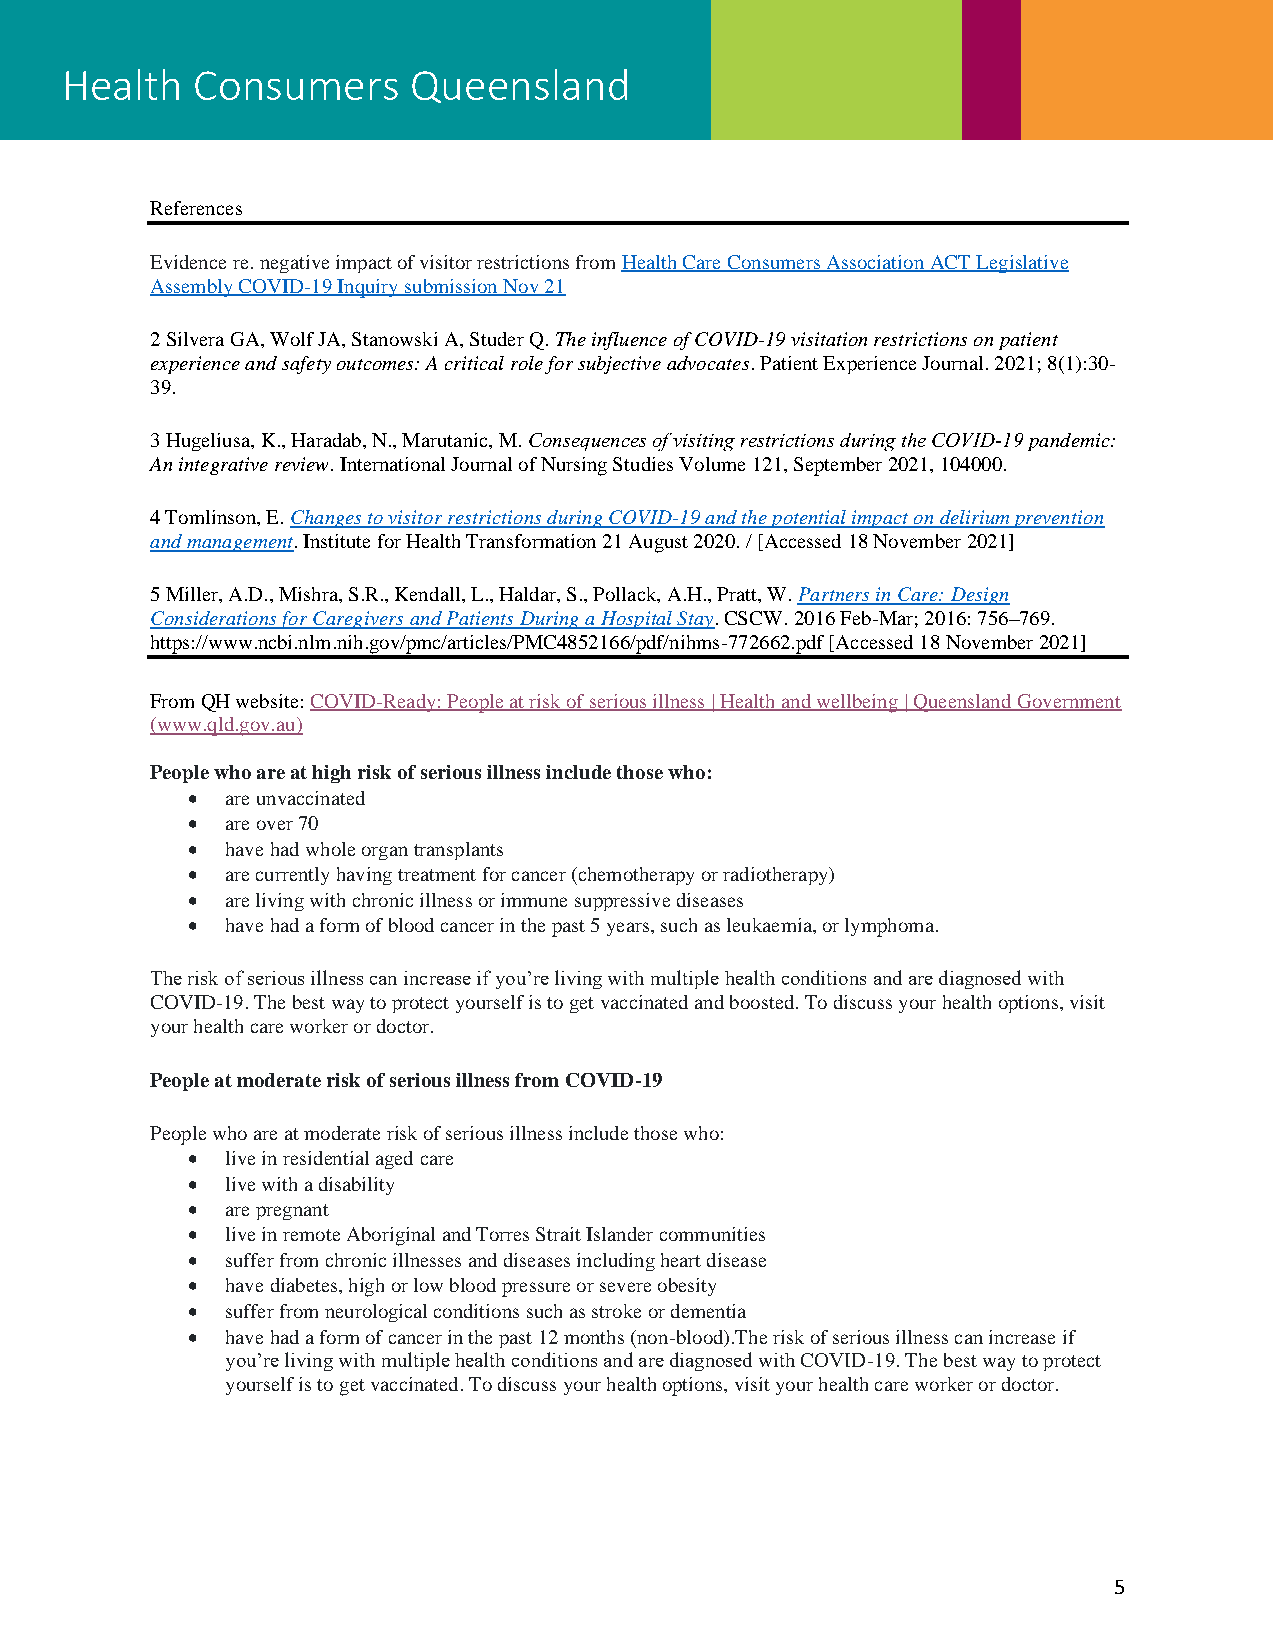
Health   Consumers     Queensland
 References
 Evidence re. negative impact of visitor restrictions from Health Care Consumers Association ACT Legislative
 Assembly COVID-19 Inquiry submission Nov 21
 2 Silvera GA, Wolf JA, Stanowski A, Studer Q. The influence of COVID-19 visitation restrictions on patient
 experience and safety outcomes: A critical role for subjective advocates. Patient Experience Journal. 2021; 8(1):30-
 39.
 3 Hugeliusa, K., Haradab, N., Marutanic, M. Consequences of visiting restrictions during the COVID‐19 pandemic:
 An integrative review. International Journal of Nursing Studies Volume 121, September 2021, 104000.
 4 Tomlinson, E. Changes to visitor restrictions during COVID-19 and the potential impact on delirium prevention
 and management. Institute for Health Transformation 21 August 2020. / [Accessed 18 November 2021]
 5 Miller, A.D., Mishra, S.R., Kendall, L., Haldar, S., Pollack, A.H., Pratt, W. Partners in Care: Design
 Considerations for Caregivers and Patients During a Hospital Stay. CSCW. 2016 Feb-Mar; 2016: 756–769.
 https://www.ncbi.nlm.nih.gov/pmc/articles/PMC4852166/pdf/nihms-772662.pdf [Accessed 18 November 2021]
 From QH website: COVID-Ready: People at risk of serious illness | Health and wellbeing | Queensland Government
 (www.qld.gov.au)
 People who are at high risk of serious illness include those who:
 •  are unvaccinated
 •  are over 70
 •  have had whole organ transplants
 •  are currently having treatment for cancer (chemotherapy or radiotherapy)
 •  are living with chronic illness or immune suppressive diseases
 •  have had a form of blood cancer in the past 5 years, such as leukaemia, or lymphoma.
 The risk of serious illness can increase if you’re living with multiple health conditions and are diagnosed with
 COVID-19. The best way to protect yourself is to get vaccinated and boosted. To discuss your health options, visit
 your health care worker or doctor.
 People at moderate risk of serious illness from COVID-19
 People who are at moderate risk of serious illness include those who:
 •  live in residential aged care
 •  live with a disability
 •  are pregnant
 •  live in remote Aboriginal and Torres Strait Islander communities
 •  suffer from chronic illnesses and diseases including heart disease
 •  have diabetes, high or low blood pressure or severe obesity
 •  suffer from neurological conditions such as stroke or dementia
 •  have had a form of cancer in the past 12 months (non-blood).The risk of serious illness can increase if
 you’re living with multiple health conditions and are diagnosed with COVID-19. The best way to protect
 yourself is to get vaccinated. To discuss your health options, visit your health care worker or doctor.
 5